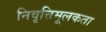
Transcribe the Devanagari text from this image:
निवृत्तिमूलकता